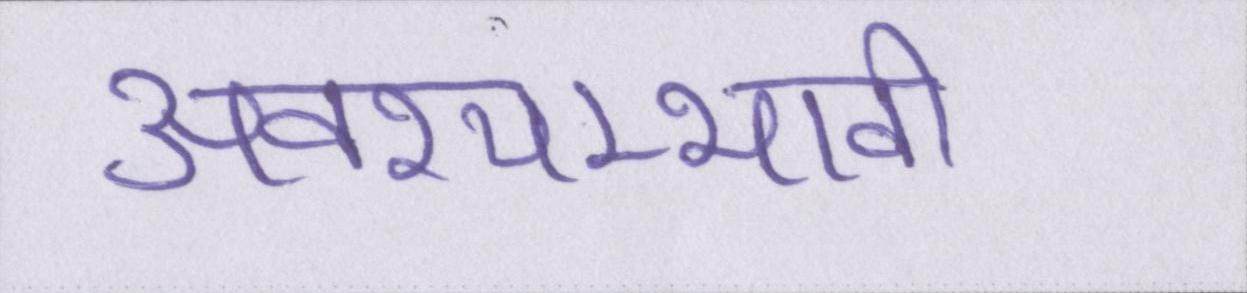
अवश्यम्भावी